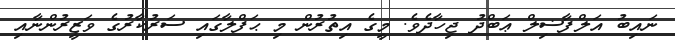
ނައިބު އަލްފާޟިލް ޢަބްދު ޖިހާދެވެ. މީގެ އިތުރުން މި ޙަފްލާގައި ސަރުކާރުގެ ވަޒީރުންނާއި